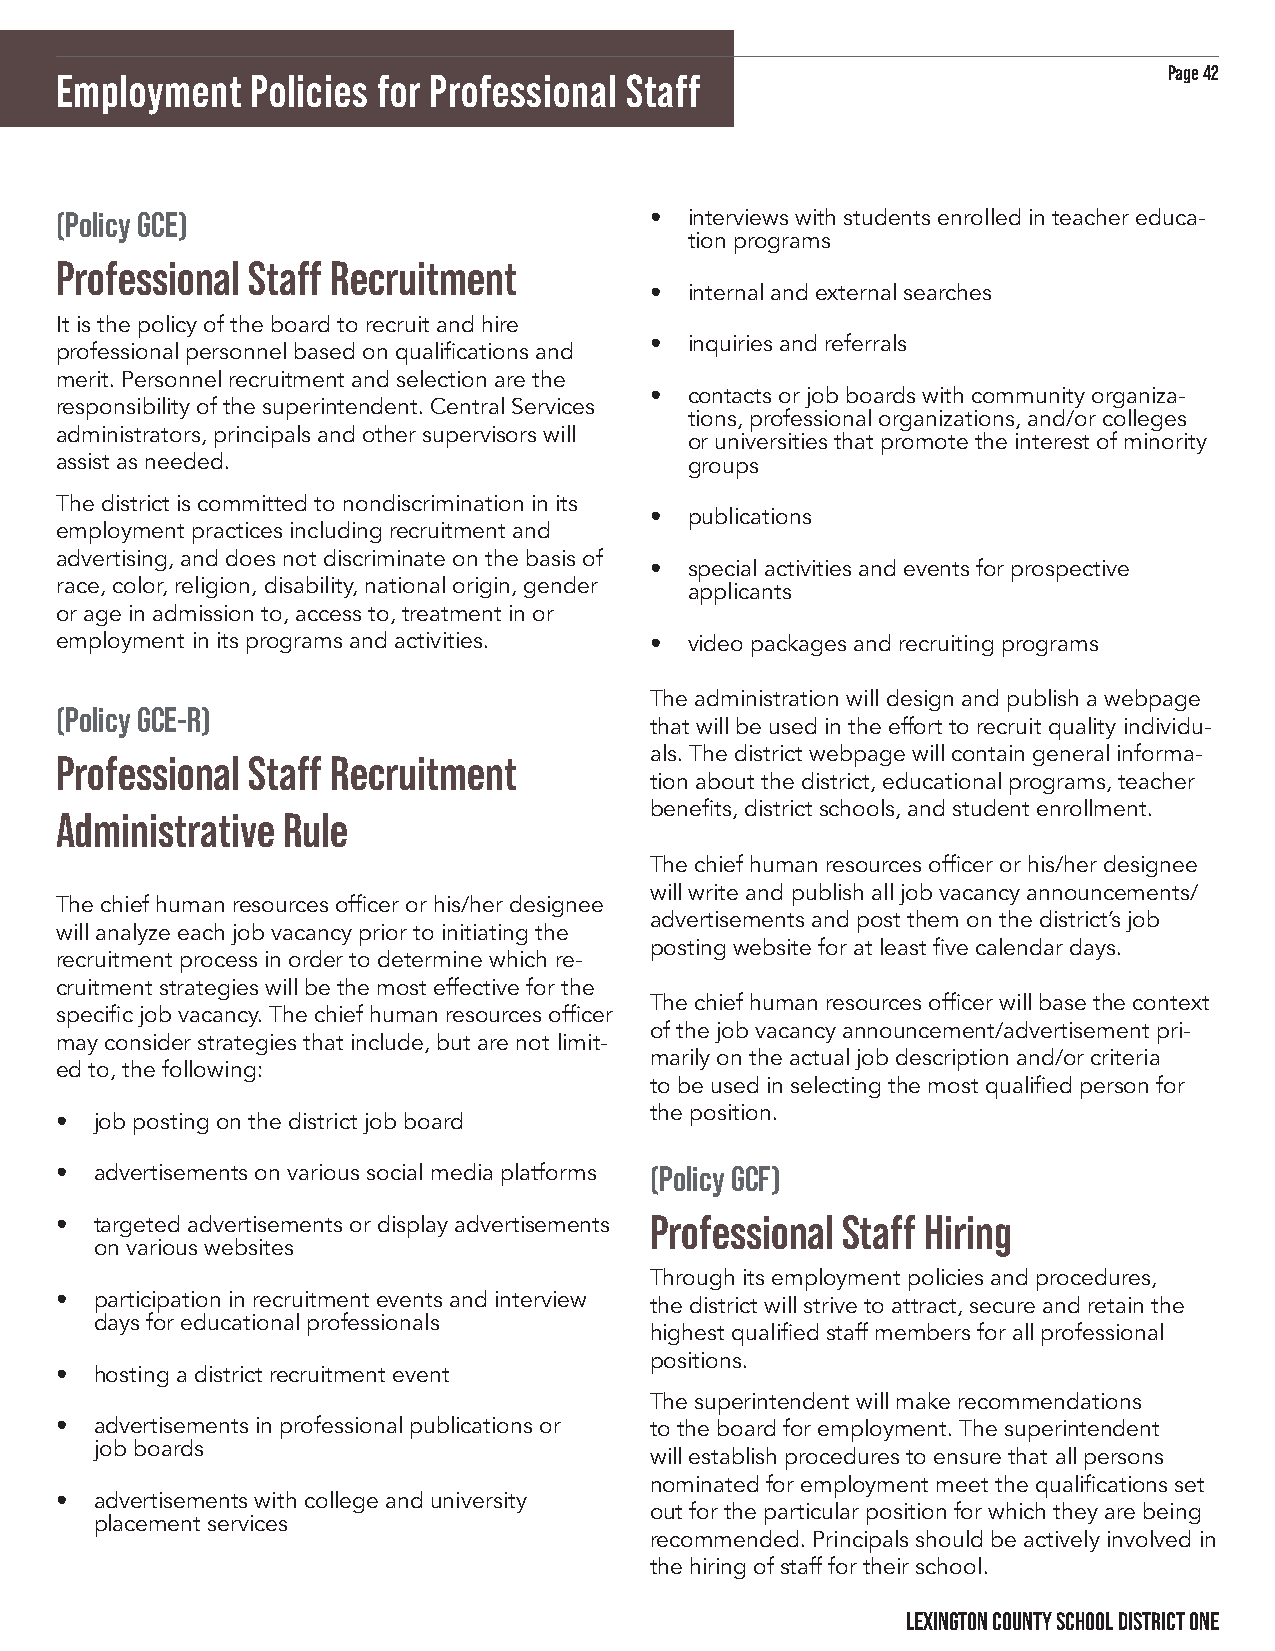
Page 42
 Employment   Policies for Professional Staff
 (Policy GCE)                           •  interviews with students enrolled in teacher educa-
 tion programs
 Professional Staff Recruitment
 •  internal and external searches
 It is the policy of the board to recruit and hire
 •  inquiries and referrals
 professional personnel based on qualifications and
 merit. Personnel recruitment and selection are the
 •  contacts or job boards with community organiza-
 responsibility of the superintendent. Central Services
 tions, professional organizations, and/or colleges
 administrators, principals and other supervisors will
 or universities that promote the interest of minority
 assist as needed.                         groups
 The district is committed to nondiscrimination in its
 •  publications
 employment practices including recruitment and
 advertising, and does not discriminate on the basis of
 •  special activities and events for prospective
 race, color, religion, disability, national origin, gender applicants
 or age in admission to, access to, treatment in or
 employment in its programs and activities. • video packages and recruiting programs
 The administration will design and publish a webpage
 (Policy GCE-R)
 that will be used in the effort to recruit quality individu-
 als. The district webpage will contain general informa-
 Professional Staff Recruitment
 tion about the district, educational programs, teacher
 benefits, district schools, and student enrollment.
 Administrative Rule
 The chief human resources officer or his/her designee
 will write and publish all job vacancy announcements/
 The chief human resources officer or his/her designee
 advertisements and post them on the district’s job
 will analyze each job vacancy prior to initiating the
 posting website for at least five calendar days.
 recruitment process in order to determine which re-
 cruitment strategies will be the most effective for the
 The chief human resources officer will base the context
 specific job vacancy. The chief human resources officer
 of the job vacancy announcement/advertisement pri-
 may consider strategies that include, but are not limit-
 marily on the actual job description and/or criteria
 ed to, the following:
 to be used in selecting the most qualified person for
 the position.
 • job posting on the district job board
 • advertisements on various social media platforms (Policy GCF)
 • targeted advertisements or display advertisements Professional Staff Hiring
 on various websites
 Through its employment policies and procedures,
 • participation in recruitment events and interview the district will strive to attract, secure and retain the
 days for educational professionals
 highest qualified staff members for all professional
 positions.
 • hosting a district recruitment event
 The superintendent will make recommendations
 • advertisements in professional publications or to the board for employment. The superintendent
 job boards
 will establish procedures to ensure that all persons
 nominated for employment meet the qualifications set
 • advertisements with college and university
 out for the particular position for which they are being
 placement services
 recommended. Principals should be actively involved in
 the hiring of staff for their school.
 LEXINGTON COUNTY SCHOOL DISTRICT ONE